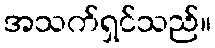
အသက်ရှင်သည်။